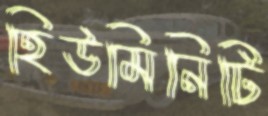
হিউমিনিটি